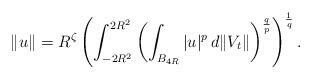
LaTeX: \begin{align*}\|u\|=R^{\zeta} \left(\int_{-2R^2}^{2R^2}\left(\int_{B_{4R}} |u|^p\, d\|V_t\|\right)^{\frac{q}{p}}\right)^{\frac{1}{q}}.\end{align*}